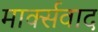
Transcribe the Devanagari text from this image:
मार्क्‍सवाद